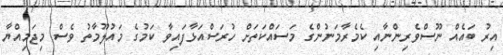
އިރު ބައެއް ނޫސްވެރިންނާއި ކެމެރާމަނުންގެ މަސައްކަތަށް ހުރަސްއަޅާފައިވާ ކަމުގެ މައުލޫމާތު ވެސް މިޖަމިއްޔާ